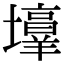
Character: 𪤯